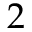
2